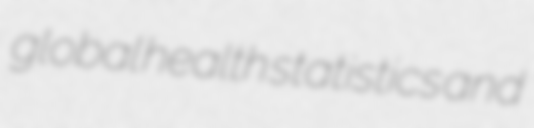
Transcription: global health statistics and